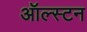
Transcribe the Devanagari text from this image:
ऑल्स्टन